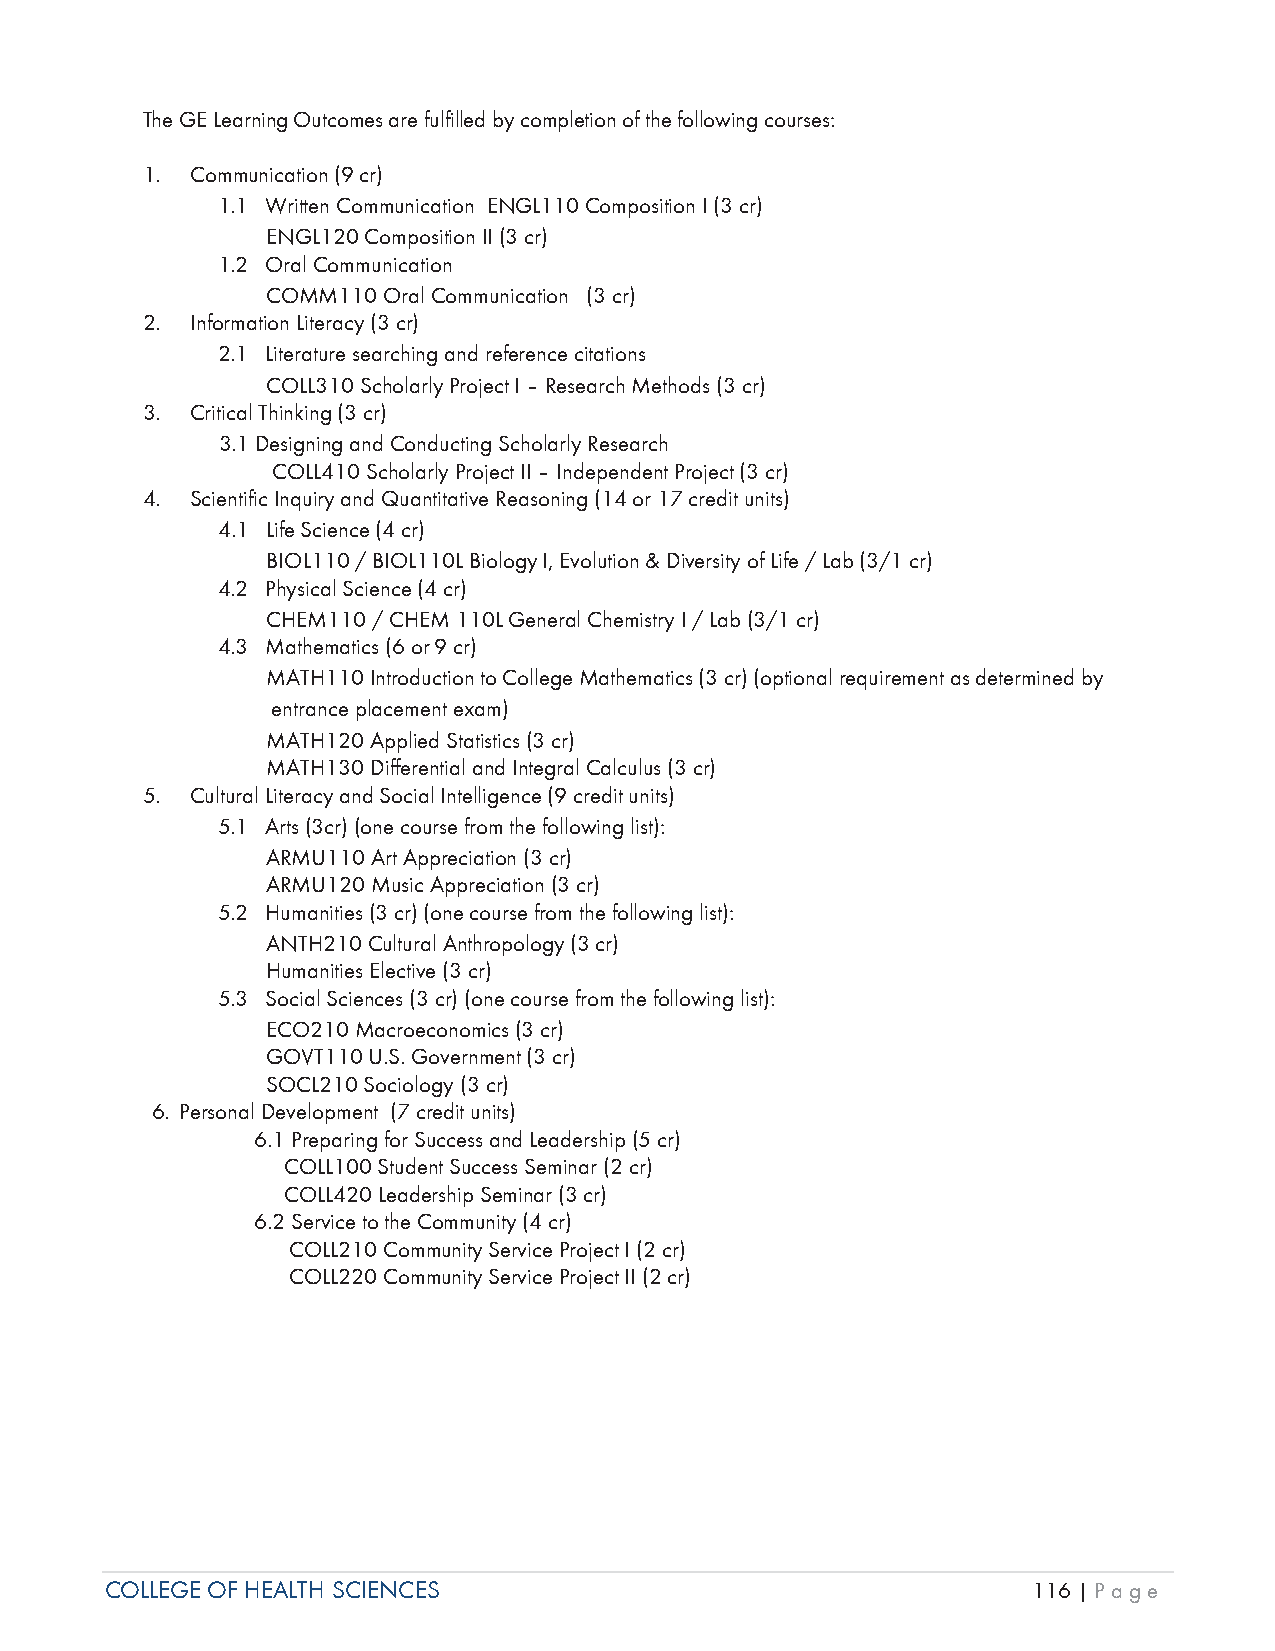
The GE Learning Outcomes are fulfilled by completion of the following courses:
 1.  Communication (9 cr)
 1.1 Written Communication ENGL110 Composition I (3 cr)
 ENGL120 Composition II (3 cr)
 1.2 Oral Communication
 COMM110 Oral Communication (3 cr)
 2.  Information Literacy (3 cr)
 2.1 Literature searching and reference citations
 COLL310 Scholarly Project I – Research Methods (3 cr)
 3.  Critical Thinking (3 cr)
 3.1 Designing and Conducting Scholarly Research
 COLL410 Scholarly Project II – Independent Project (3 cr)
 4.  Scientific Inquiry and Quantitative Reasoning (14 or 17 credit units)
 4.1 Life Science (4 cr)
 BIOL110 / BIOL110L Biology I, Evolution & Diversity of Life / Lab (3/1 cr)
 4.2 Physical Science (4 cr)
 CHEM110 / CHEM 110L General Chemistry I / Lab (3/1 cr)
 4.3 Mathematics (6 or 9 cr)
 MATH110 Introduction to College Mathematics (3 cr) (optional requirement as determined by
 entrance placement exam)
 MATH120 Applied Statistics (3 cr)
 MATH130 Differential and Integral Calculus (3 cr)
 5.  Cultural Literacy and Social Intelligence (9 credit units)
 5.1 Arts (3cr) (one course from the following list):
 ARMU110 Art Appreciation (3 cr)
 ARMU120 Music Appreciation (3 cr)
 5.2 Humanities (3 cr) (one course from the following list):
 ANTH210 Cultural Anthropology (3 cr)
 Humanities Elective (3 cr)
 5.3 Social Sciences (3 cr) (one course from the following list):
 ECO210 Macroeconomics (3 cr)
 GOVT110 U.S. Government (3 cr)
 SOCL210 Sociology (3 cr)
 6. Personal Development (7 credit units)
 6.1 Preparing for Success and Leadership (5 cr)
 COLL100 Student Success Seminar (2 cr)
 COLL420 Leadership Seminar (3 cr)
 6.2 Service to the Community (4 cr)
 COLL210 Community Service Project I (2 cr)
 COLL220 Community Service Project II (2 cr)
 COLLEGE OF HEALTH SCIENCES                                   116 | Page